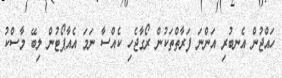
ހައްޖުން އެނބުރި އަންނަ ފަރާތްތަކުން ރޯގާޖެހި ކެއްސާ ނަމަ އެއާޕޯޓުން ލިބޭ މާސްކު